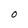
Character: O